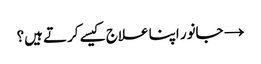
→ جانور اپنا علاج کیسے کرتے ہیں؟